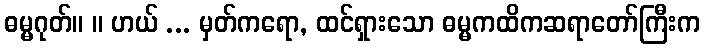
ဓမ္မဂုတ်။ ။ ဟယ် ... မှတ်ကရော, ထင်ရှားသော ဓမ္မကထိကဆရာတော်ကြီးက